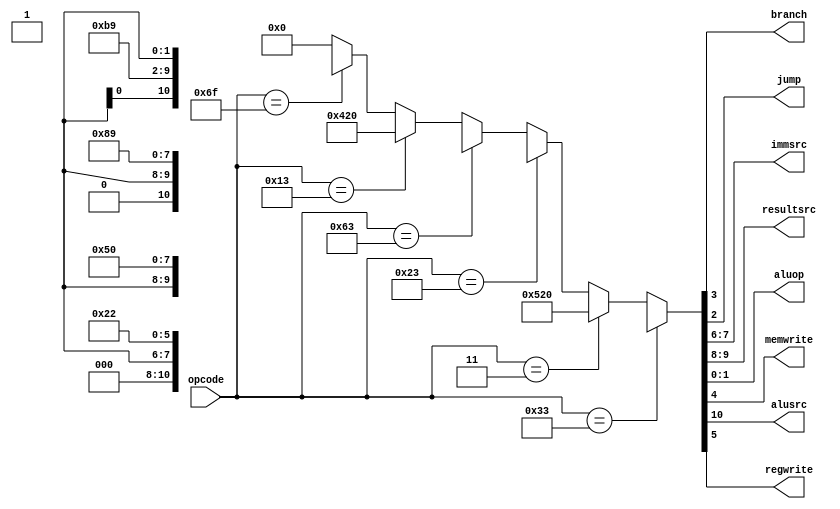
module controlunit(opcode,branch, jump,immsrc,resultsrc,aluop,memwrite,alusrc,regwrite);
input [6:0] opcode;
output [1:0] immsrc,resultsrc,aluop;
output branch, jump,memwrite,alusrc,regwrite;
wire [10:0] controls;
assign {alusrc, resultsrc, immsrc, regwrite, memwrite, branch,jump, aluop} = controls;

assign controls = 
        (opcode == 7'b0110011) ? 11'b0_00_xx_1_0_0_0_10: // r type
		  (opcode == 7'b0000011) ? 11'b1_01_00_1_0_0_0_00: // lw type
		  (opcode == 7'b0100011) ? 11'b1_xx_01_0_1_0_0_00: // sw type (sw)
		  (opcode == 7'b1100011) ? 11'b0_xx_10_0_0_1_0_01: // sb  type(beq)
		  (opcode == 7'b0010011) ? 11'b1_00_00_1_0_0_0_00: // addi type (addi)
		  (opcode == 7'b1101111) ? 11'bx_10_11_1_0_0_1_xx: // j type (jal)  
		                           11'b0_00_00_0_0_0_0_00;
endmodule